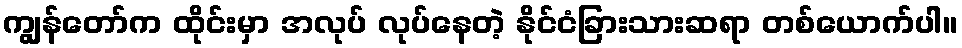
ကျွန်တော်က ထိုင်းမှာ အလုပ် လုပ်နေတဲ့ နိုင်ငံခြားသားဆရာ တစ်ယောက်ပါ။